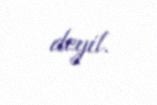
deyil.